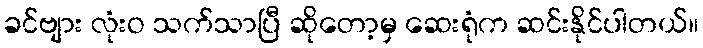
ခင်ဗျား လုံးဝ သက်သာပြီ ဆိုတော့မှ ဆေးရုံက ဆင်းနိုင်ပါတယ်။